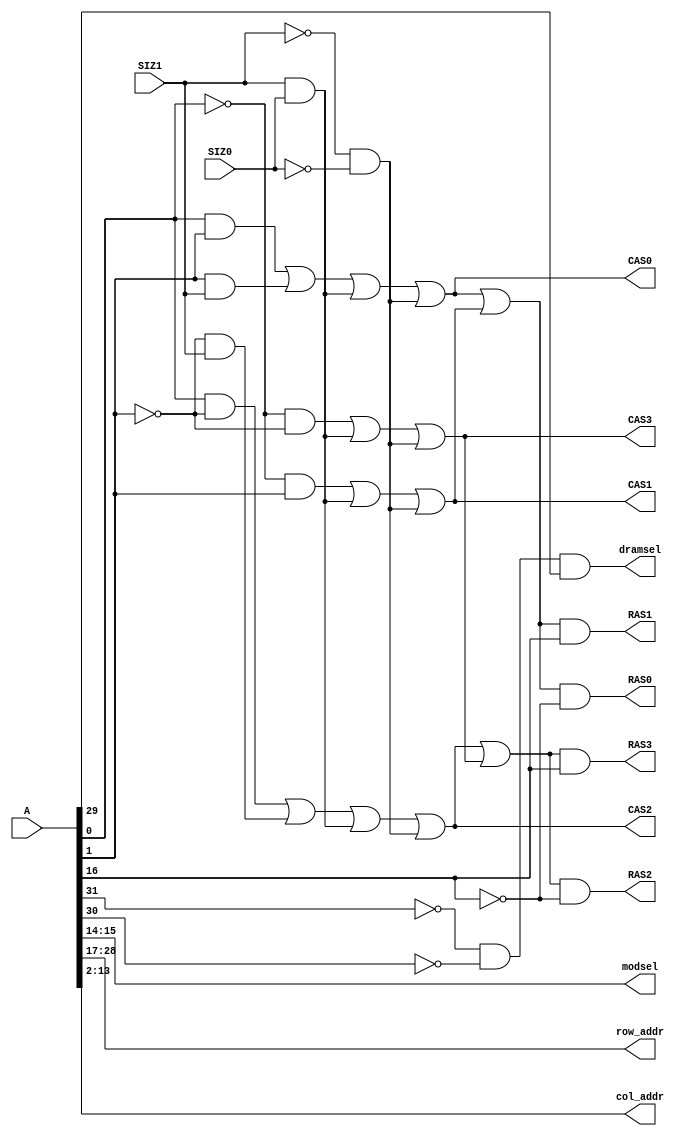
// -----------------------------------------------------------------------------
//
// Decoder module
//
// -----------------------------------------------------------------------------

module decoder(
	// input nRESET,

	input [31:0]	A,
	input 		SIZ1, SIZ0,

	output		CAS3, CAS2, CAS1, CAS0,
	output		RAS3, RAS2, RAS1, RAS0,
	output [1:0]	modsel,
	output [11:0]	row_addr,
	output [11:0]	col_addr,

	output		dramsel
);

// Internal signals
wire banksel;
reg [1:0] sras;

// Breaking this out makes RAS logic easier
// assign RAS3 = (  sras[1] &  sras[0] );
// assign RAS2 = (  sras[1] & ~sras[0] );
// assign RAS1 = ( ~sras[1] &  sras[0] );
// assign RAS0 = ( ~sras[1] & ~sras[0] );


// ----------------------------------
// -- Address bus to DRAM decoding --
// ----------------------------------

// dramsel is high when address bus = 0x2000_0000 to 0x3FFF_FFFF (bits 31-29
// are 3'b001)
assign dramsel = ( ~A[31] & ~A[30] & A[29] );

// pick the bank with A16
assign banksel = A[16];

// row and column address
assign row_addr = A[28:17];
assign col_addr = A[13:2];

// pick the module with A[15:14]
assign modsel = A[15:14];

// Define PAL equations from M68040UM
assign CAS3 = ((~A[0] & ~A[1]) |                 | (SIZ1 & SIZ0) | (~SIZ1 & ~SIZ0));
assign CAS2 = (( A[0] & ~A[1]) | ( ~A[1] & SIZ1) | (SIZ1 & SIZ0) | (~SIZ1 & ~SIZ0));
assign CAS1 = ((~A[0] &  A[1]) |                 | (SIZ1 & SIZ0) | (~SIZ1 & ~SIZ0));
assign CAS0 = (( A[0] &  A[1]) | (  A[1] & SIZ1) | (SIZ1 & SIZ0) | (~SIZ1 & ~SIZ0));

// RAS logic

assign RAS0 = (( CAS0 || CAS1 ) & ~banksel);
assign RAS1 = (( CAS0 || CAS1 ) &  banksel);
assign RAS2 = (( CAS2 || CAS3 ) & ~banksel);
assign RAS3 = (( CAS2 || CAS3 ) &  banksel);

/*
always @(*) begin
	if (banksel == 0) begin
		RAS0 = ( CAS0 || CAS1 ) ? 1'b1 : 1'b0;
		RAS2 = ( CAS2 || CAS3 ) ? 1'b1 : 1'b0;
		RAS1 = 1'b0;
		RAS3 = 1'b0;
	end else begin
		RAS1 = ( CAS0 || CAS1 ) ? 1'b1 : 1'b0;
		RAS3 = ( CAS2 || CAS3 ) ? 1'b1 : 1'b0;
		RAS0 = 1'b0;
		RAS2 = 1'b0;
	end
end
*/

endmodule